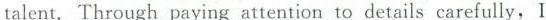
talent. Through paying attention to details carefully, I